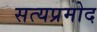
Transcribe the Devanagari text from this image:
सत्यप्रमोद